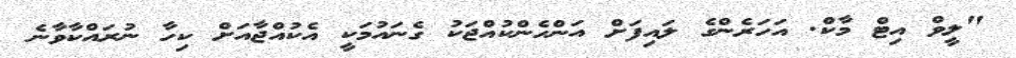
"ލީވް އިޓް މާކް. އަހަރެންގެ ލައިފަށް އަންހެންކުއްޖަކު ގެނައުމަކީ އެކުއްޖާއަށް ކިހާ ނުރައްކާވާނެ